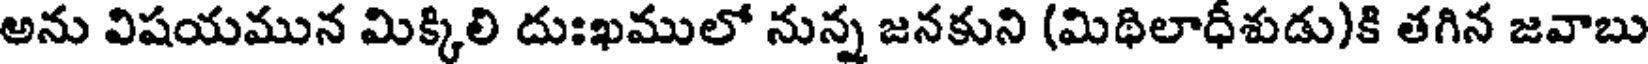
అను విషయమున మిక్కిలి దుఃఖములో నున్న జనకుని (మిథిలాధీశుడు)కి తగిన జవాబు